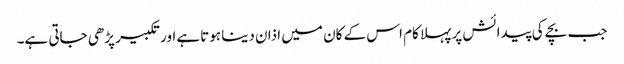
جب بچے کی پیدائش پر پہلا کام اس کے کان میں اذان دینا ہوتا ہےاور تکبیر پڑھی جاتی ہے۔